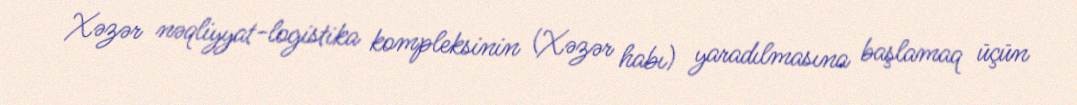
Xəzər nəqliyyat-logistika kompleksinin (Xəzər habı) yaradılmasına başlamaq üçün